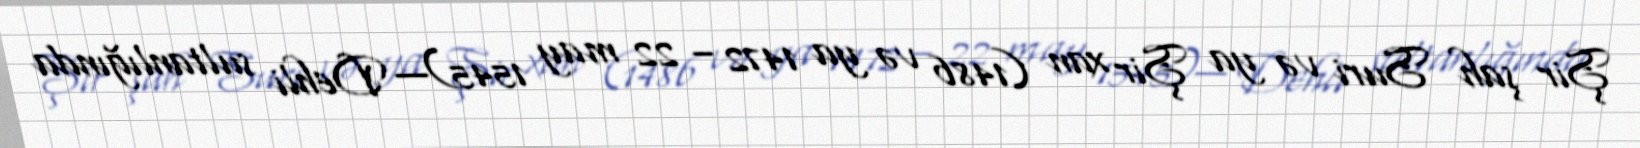
Şir şah Suri və ya Şir xan (1486 və ya 1472 – 22 may 1545)— Dehli sultanlığında